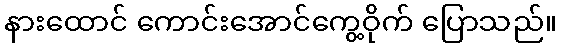
နားထောင် ကောင်းအောင်ကွေ့ဝိုက် ပြောသည်။